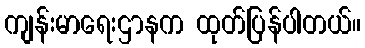
ကျန်းမာရေးဌာနက ထုတ်ပြန်ပါတယ်။